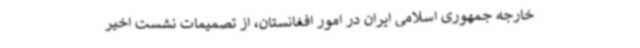
خارجه جمهوری اسلامی ایران در امور افغانستان، از تصمیمات نشست اخیر